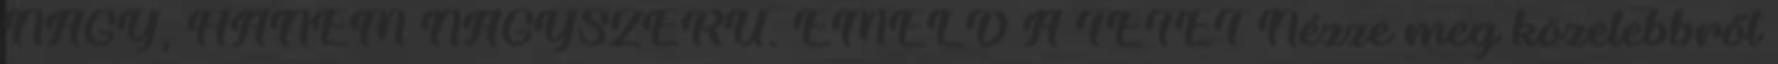
NAGY, HANEM NAGYSZERŰ. EMELD A TÉTET Nézze meg közelebbről